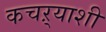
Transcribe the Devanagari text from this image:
कचऱ्याशी